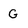
Character: G